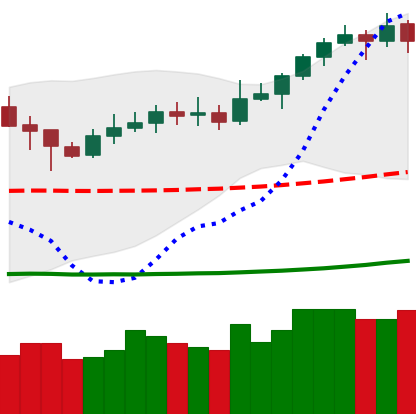
Ticker: XLM-USD
Chart end date: 2020-02-10
Forward return: 11.842%
Label: up_7plus